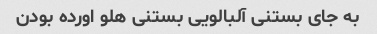
به جای بستنی آلبالویی بستنی هلو اورده بودن